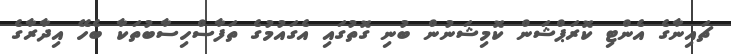
ޗައިނާގެ އެންޓި ކޮރަޕްޝަން ކޮމިޝަނުން ބުނި ގޮތުގައި އެގައުމުގެ ތަފާސްހިސާބުތަކާ ބެހޭ އިދާރާގެ